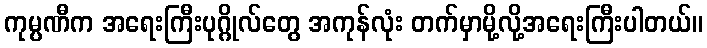
ကုမ္ပဏီက အရေးကြီးပုဂ္ဂိုလ်တွေ အကုန်လုံး တက်မှာမို့လို့အရေးကြီးပါတယ်။